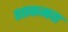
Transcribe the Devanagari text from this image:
शाकमय